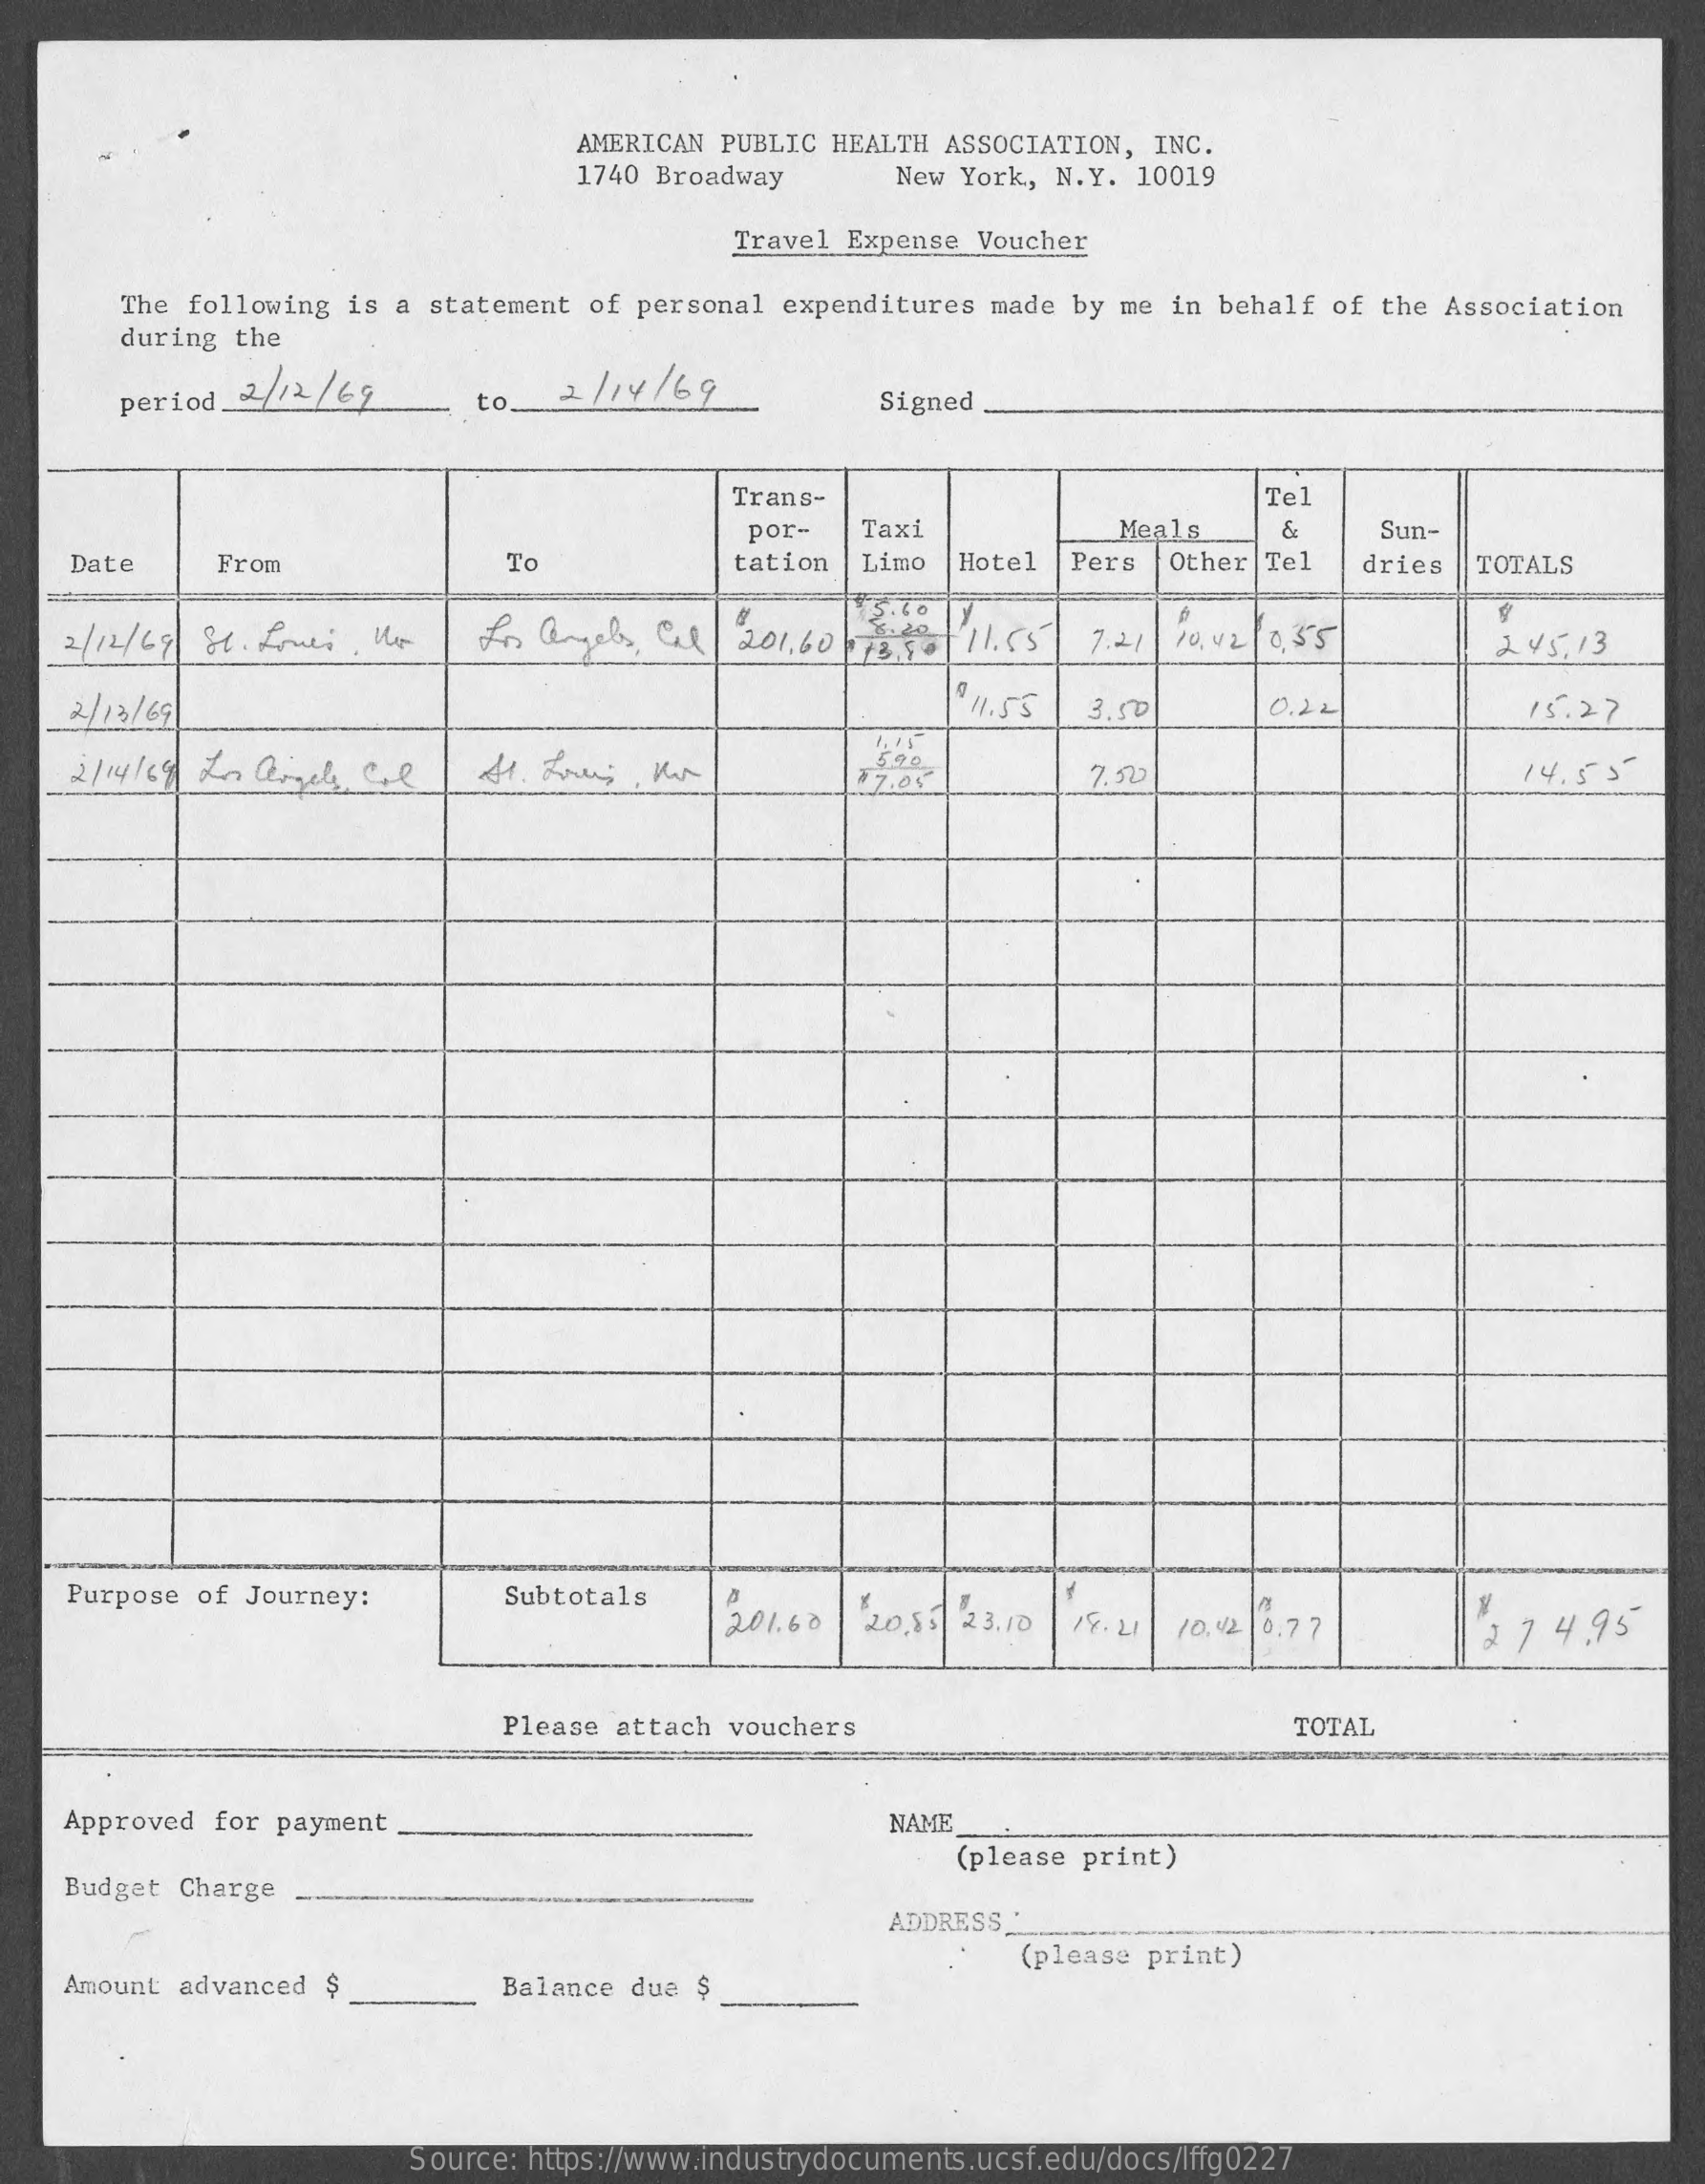
AMERICAN PUBLIC HEALTH ASSOCIATION, INC.
     1740 Broadway    New York, N.Y. 10019
     Travel Expense Voucher
     The following is a statement of personal expenditures made by me in behalf of the Association
     during the
     period_2/12/67    to_ 2 / 14 / 69    Signed
     Trans-    Tel
     por-  Taxi    Meals    &    Sun-
    Date    From    To    tation Limo Hotel Pers Other Tel dries TOTALS
    2/12/69 81. Pruei. No Los angeles, Ca | 201,60 178 8- 11.55 7.21 10,42/ 0,35 245.13
    2 /13/69    3.50    0.22    15.27
     $7.08    7.50    14.53
    Purpose of Journey:    Subtotals
     201. 60 20,55 23.10 | 18. 21 10.42 6.77 2 7 4.95
     Please attach vouchers    TOTAL
    Approved for payment    NAME
    Budget Charge
     (please print)
     ADDRESS _:
     (please print)
    Amount advanced $    Balance due $
     Source: https://www.industrydocuments.ucsf.edu/docs/lffg0227